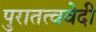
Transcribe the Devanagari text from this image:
पुरातत्ववेदी